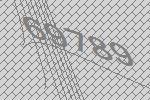
69789